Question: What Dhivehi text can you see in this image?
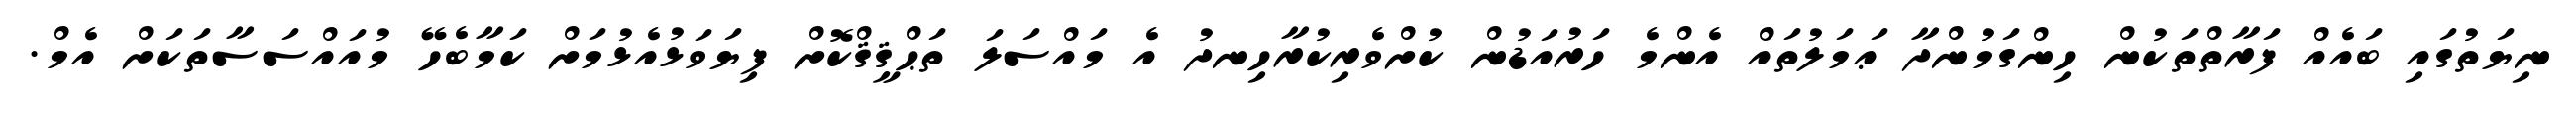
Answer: ނިޔަތުގައި ބައެއް ފަރާތްތަކުން ހިންގަމުންދާ ޢަމަލުތައް އެންމެ ހަރުއަޑުން ކުށްވެރިކުރާހިނދު އެ މައްސަލަ ތަޙްޤީޤްކޮށް ފިޔަވަޅުއެޅުމަށް ކަމާބެހޭ މުއައްސަސާތަކަށް އެމް.